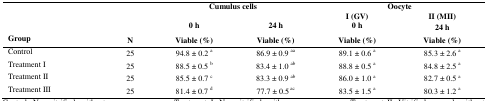
<table><thead><tr><td rowspan="3" colspan="2"></td><td rowspan="2" colspan="2"><b>Cumulus cells</b></td><td colspan="2"><b>Oocyte</b></td></tr><tr><td><b>I (GV)</b></td><td><b>II (MII)</b></td></tr><tr><td><b>0 h</b></td><td><b>24 h</b></td><td><b>0 h</b></td><td><b>24 h</b></td></tr><tr><td><b>Group</b></td><td><b>N</b></td><td><b>Viable (%)</b></td><td><b>Viable (%)</b></td><td><b>Viable (%)</b></td><td><b>Viable (%)</b></td></tr></thead><tbody><tr><td>Control</td><td>25</td><td>94.8 ± 0.2 a</td><td>86.9 ± 0.9 aa</td><td>89.1 ± 0.6 a</td><td>85.3 ± 2.6 a</td></tr><tr><td>Treatment I</td><td>25</td><td>88.5 ± 0.5 b</td><td>83.4 ± 1.0 ab</td><td>88.8 ± 0.5 a</td><td>84.8 ± 2.5 a</td></tr><tr><td>Treatment II</td><td>25</td><td>85.5 ± 0.7 c</td><td>83.3 ± 0.9 ab</td><td>86.0 ± 1.0 a</td><td>82.7 ± 0.5 a</td></tr><tr><td>Treatment III</td><td>25</td><td>81.4 ± 0.7 d</td><td>77.7 ± 0.5 ac</td><td>83.5 ± 1.5 a</td><td>80.3 ± 1.2 a</td></tr></tbody></table>